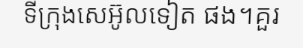
ទីក្រុងសេអ៊ូលទៀត ផង។គួរ